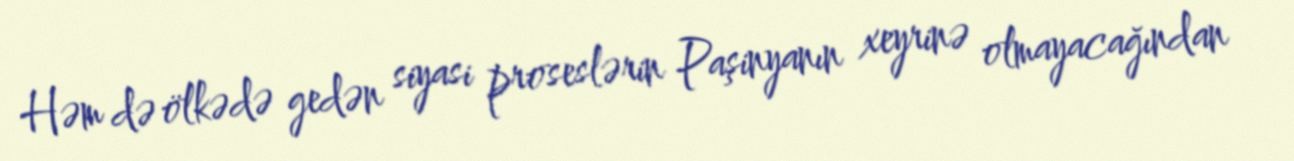
Həm də ölkədə gedən siyasi proseslərin Paşinyanın xeyrinə olmayacağından